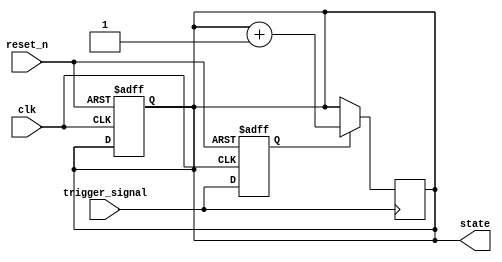
module negative_edge_trigger (
    input wire clk,          // Clock signal
    input wire reset_n,      // Active low reset signal
    input wire trigger_signal, // Signal that triggers the block on negative edge
    output reg [7:0] state   // Example output state
);

// Internal variable to hold the previous state of the trigger signal
reg trigger_signal_prev;

// Asynchronous reset and initialization
always @(posedge clk or negedge reset_n) begin
    if (!reset_n) begin
        // Initialize state on reset
        state <= 8'b00000000;
        trigger_signal_prev <= 1'b1; // Assume trigger_signal starts high
    end else begin
        // Store the previous state of the trigger signal
        trigger_signal_prev <= trigger_signal;
    end
end

// Negative edge sensitive block
always @(negedge trigger_signal) begin
    // Check if the previous state was high
    if (trigger_signal_prev == 1'b1) begin
        // Execute logic on negative edge
        state <= state + 1; // Example operation: increment state
    end
end

endmodule